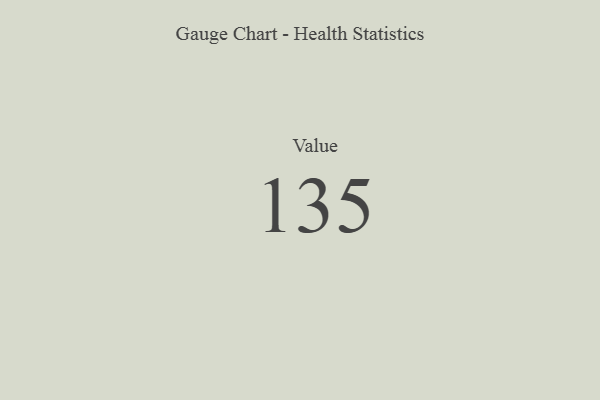
{"axis": {"x": "Metric", "y": "Value"}, "legend": [""], "data": [{"x": "Value", "y": 135, "type": ""}]}